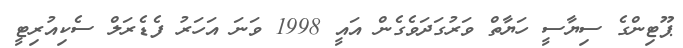
ޕޫޓިންގެ ސިޔާސީ ހަޔާތް ވަރުގަދަވެގެން އައީ 1998 ވަނަ އަހަރު ފެޑެރަލް ސެކިއުރިޓީ